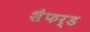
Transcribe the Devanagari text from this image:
शैफर्ड